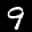
Label: 9